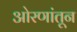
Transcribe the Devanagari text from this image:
ओरणांतून